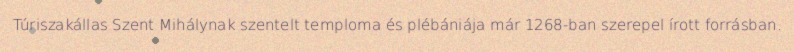
Túriszakállas Szent Mihálynak szentelt temploma és plébániája már 1268-ban szerepel írott forrásban.